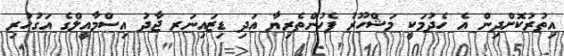
އިތުރުކޮށްދިން އެ ހެދުމަކީ މަޝްހޫރު ފެހުންތެރިޔާ އަދި ޑިޒައިނަރ ޖާދު އިސްމާއީލްގެ އަގުހުރި